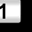
Digit: 1